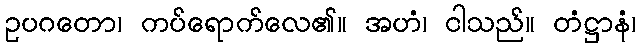
ဥပဂတော၊ ကပ်ရောက်လေ၏။ အဟံ၊ ငါသည်။ တံဋ္ဌာနံ၊